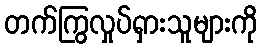
တက်ကြွလှုပ်ရှားသူများကို